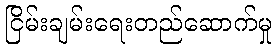
ငြိမ်းချမ်းရေးတည်ဆောက်မှု